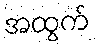
အထွက်